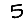
Digit: 5